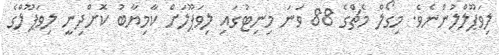
ލިވަޕޫލްލުންނެވެ. މިގޯލް މެޗްގެ 88 ވަނަ މިނިޓުގައި ލިވަޕޫލަށް ކާމިޔާބު ކޮށްދިނީ ލިވަޕޫލްގެ